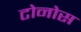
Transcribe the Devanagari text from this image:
टोनोस